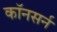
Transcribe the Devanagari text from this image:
कॉनसर्न